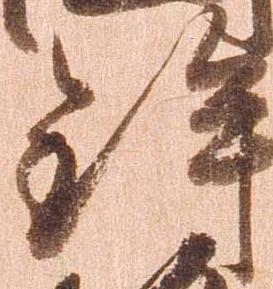
鉾